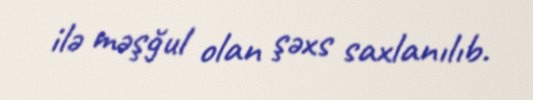
ilə məşğul olan şəxs saxlanılıb.